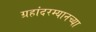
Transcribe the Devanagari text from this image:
ग्रहांदरम्यानच्या